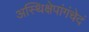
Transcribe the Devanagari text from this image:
अस्थिक्षेपांगंचेदं